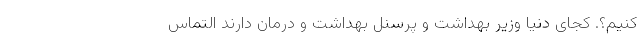
کنیم؟. کجای دنیا وزیر بهداشت و پرسنل بهداشت و درمان دارند التماس